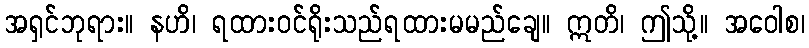
အရှင်ဘုရား။ နဟိ၊ ရထားဝင်ရိုးသည်ရထားမမည်ချေ။ ဣတိ၊ ဤသို့။ အဝေါစ၊